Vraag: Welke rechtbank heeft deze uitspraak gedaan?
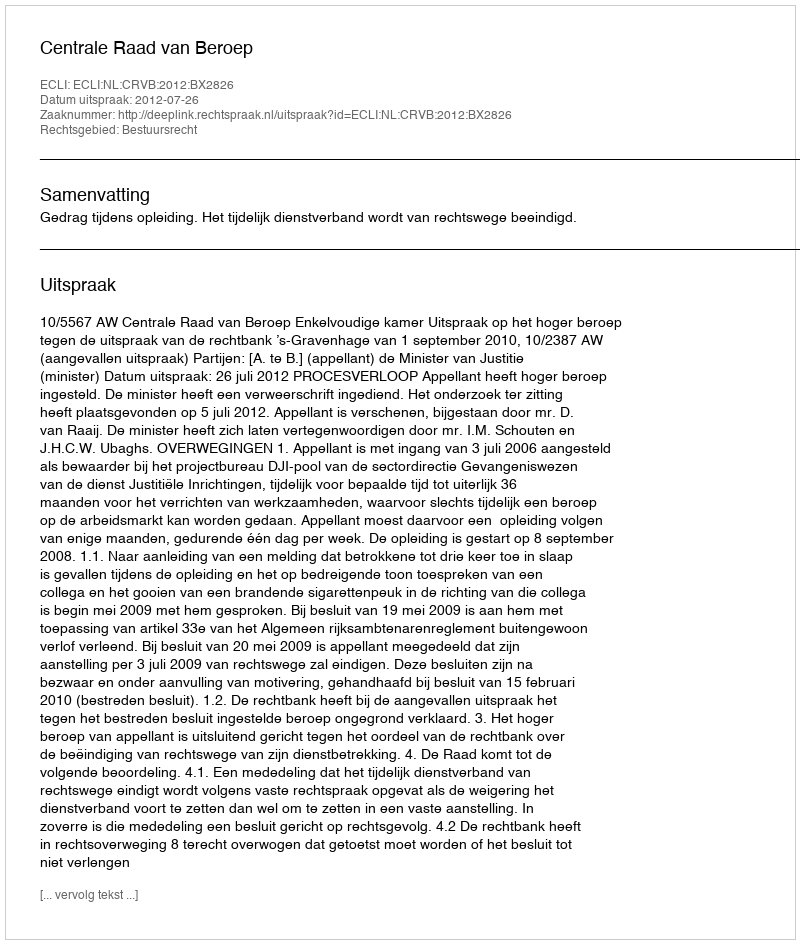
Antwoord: Centrale Raad van Beroep